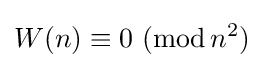
W(n)\equiv 0\ (\operatorname {mod} {n^{2}})